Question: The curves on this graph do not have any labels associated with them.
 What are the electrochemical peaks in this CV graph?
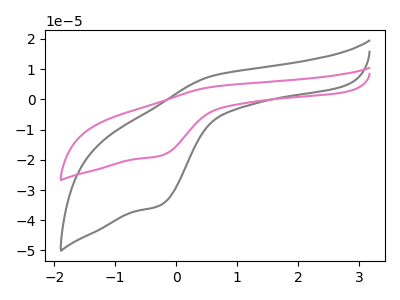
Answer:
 <answer>The gray curve "gray" has an anodic peak at (0.60V, 7.75uA) and a cathodic peak at (-0.25V, -35.10uA). The pink curve "pink" has an anodic peak at (0.60V, 4.15uA) and a cathodic peak at (-0.25V, -18.75uA).</answer>
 <eval></eval>